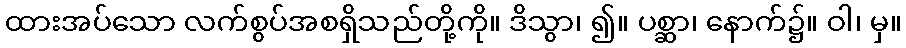
ထားအပ်သော လက်စွပ်အစရှိသည်တို့ကို။ ဒိသွာ၊ ၍။ ပစ္ဆာ၊ နောက်၌။ ဝါ၊ မှ။